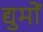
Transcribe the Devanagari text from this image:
द्युमों